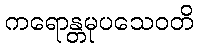
ကရောန္တမုပသေဝတိ